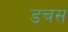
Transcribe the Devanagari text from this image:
डचस